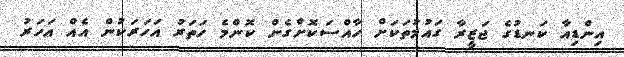
އިންޑިއާ ކަނޑުގެ ޖަޒީރާ ގައުމުތަކަށް ހާއްސަކޮށްގެން ކޮންމެ ހަތަރު އަހަރަކުން އެއް އަހަރު